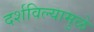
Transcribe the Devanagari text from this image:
दर्शविल्यामुळे